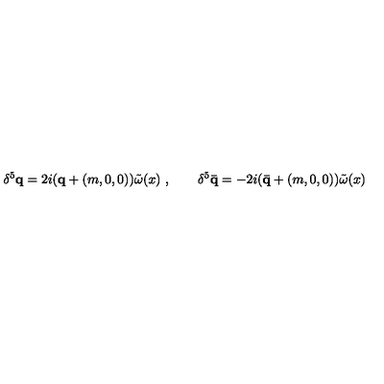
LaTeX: \delta ^ { 5 } { \mathbf q } = 2 i ( { \mathbf q } + ( m , 0 , 0 ) ) \tilde { \omega } ( x ) \ , \qquad \delta ^ { 5 } { \mathbf { \bar { q } } } = - 2 i ( { \mathbf { \bar { q } } } + ( m , 0 , 0 ) ) \tilde { \omega } ( x )